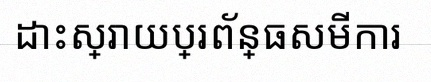
ដោះស្រាយប្រព័ន្ធសមីការ